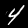
Digit: 4